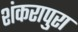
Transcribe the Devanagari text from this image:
शंकरापुरा